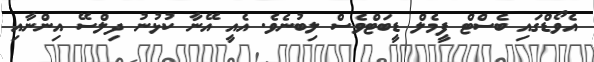
އެވޯޑްގައި ބެސްޓް ފީމެލް ޑީބަޓްވެސް ލިބުނެވެ. އެއީ އޭނާ ކުޅުނު ދިލްސޭ އިންނާއި